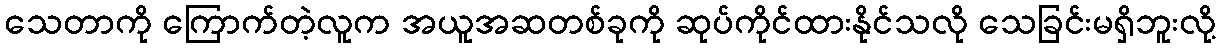
သေတာကို ကြောက်တဲ့လူက အယူအဆတစ်ခုကို ဆုပ်ကိုင်ထားနိုင်သလို သေခြင်းမရှိဘူးလို့